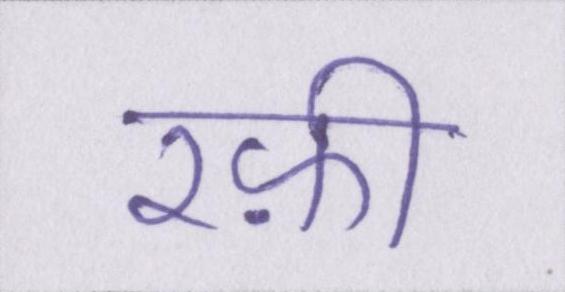
रफ़ी